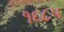
૧૬૮૫